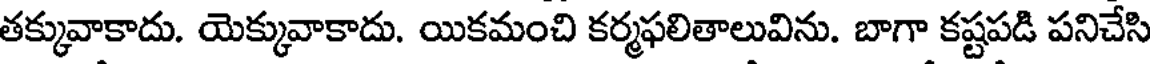
తక్కువాకాదు. యెక్కువాకాదు. యికమంచి కర్మఫలితాలువిను. బాగా కష్టపడి పనిచేసి